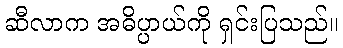
ဆီလာက အဓိပ္ပာယ်ကို ရှင်းပြသည်။